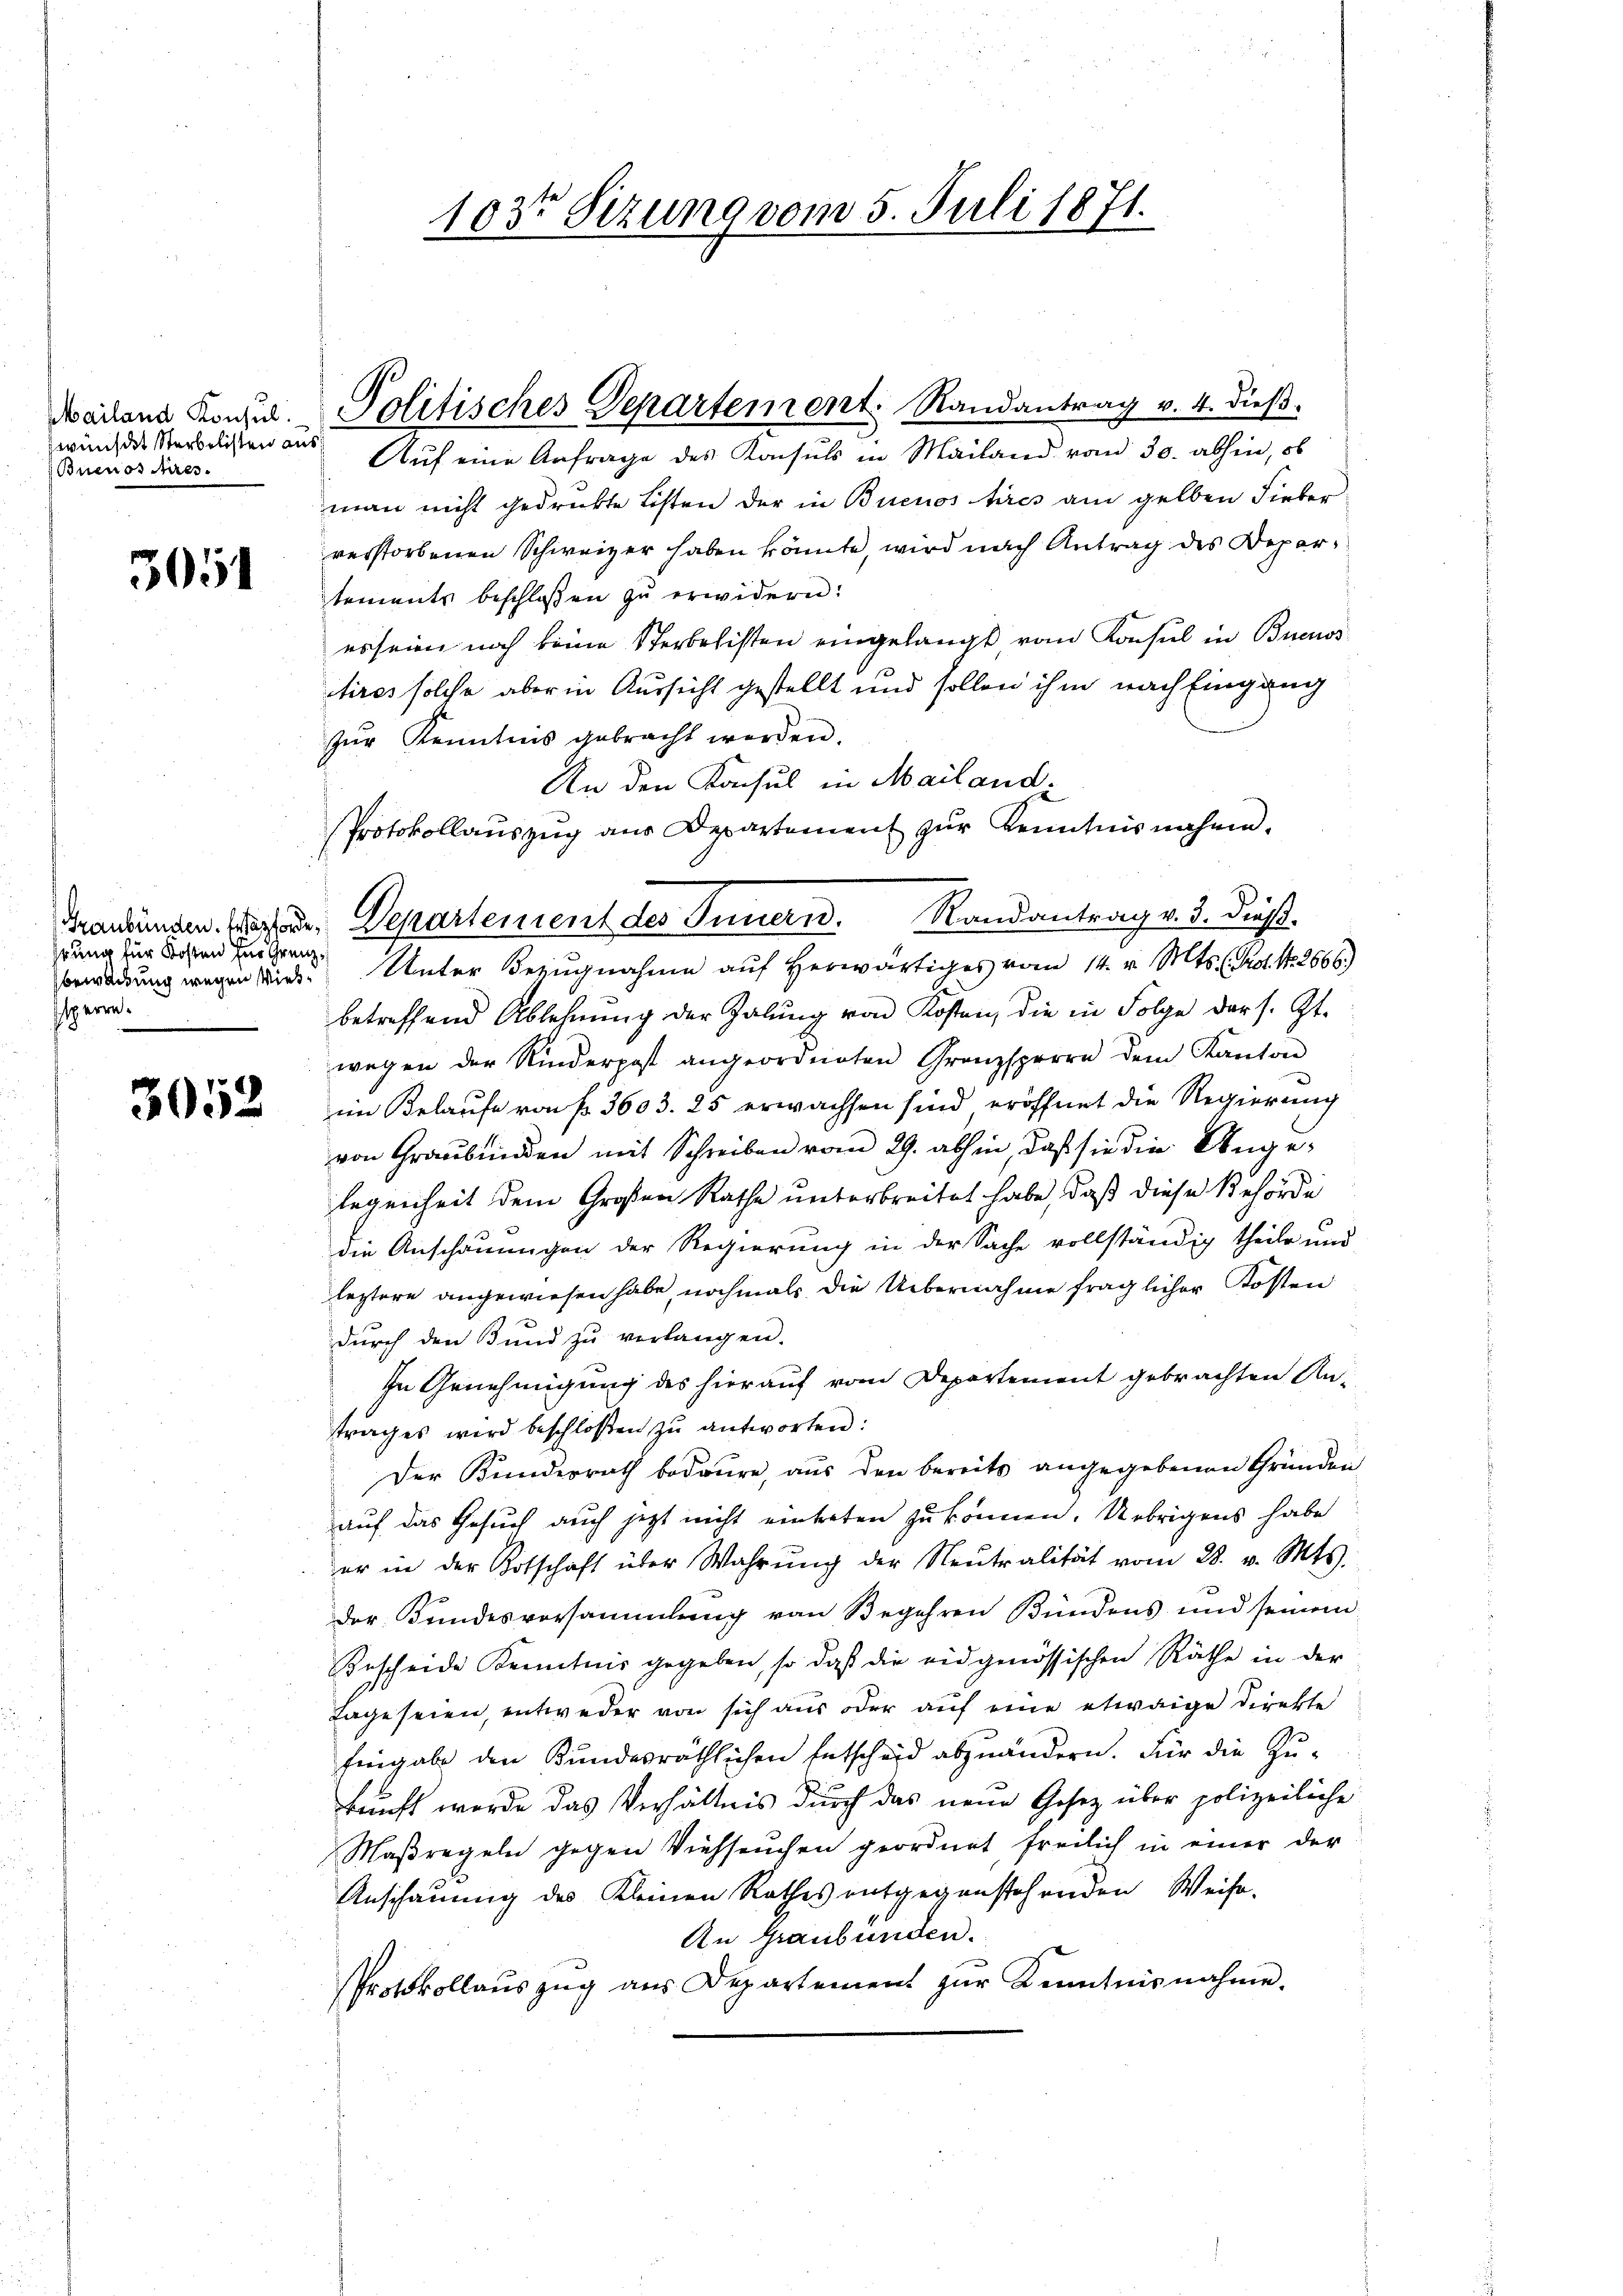
Mailand Konsul
wünscht Sterbelisten aus
Buenos Aues.

3051

hrung für Kosten für Grenzsperre.

3052

1032 Sizung vom 5. Juli 1871.

Auf eine Anfrage des Konsuls in Mailand von 30. abhin, ob
man nicht gedrukte Listen der in Buenos Aires am gelben Fieber
verstorbenen Schweizer haben könnte, wird nach Antrag des Departements beschlossen zu erwidern:
es seien noch keine Sterbalisten eingelangt vom Konsul in Buenos
ctires solche aber in Aussicht gestellt und sollen ihm nach Eingang
zŭr Kenntnis gebracht werden.
An den Konsul in Mailand
Protokollauszug aus Departement zur Kenntnis nähme.
bewirkung wegen Wiede Unter Bezugnahme auf herwärtiges vom 14. v. Mts. (Grot. N. 2666.)
betreffend Ablehnŭng der Zalŭng von Kosten, die in Folge der s. Zt.
wegen der Kinderpost angeordneten Granzsperre dem Kanton
im Belaufe von f. 3603. 25 erwachsen sind eröffnet die Regierung
von Graubünden mit Schreiben vom 29. abhin, daß sie die Ange-
legenheit dem Großen Rathe unterbreitet habe, daß diese Behörde
die Anschauungen der Regierung in der Sache vollständig theile und
leztere angewiesen habe, nochmals die Uebernahme fraglicher Kosten
durch den Bund zu verlangen.
In Genehmigung des hierauf vom Departement gebrachten Antrages wird beschlossen zŭ antworten:
Der Bunderrath bedaure, aus den bereits angegebenen Gründen
auf das Gesuch auch jetzt nicht eintreten zu können. Übrigens habe
er in der Kotschaft über Wahrŭng der Neutralität vom 28. v. Mts.
der Kundesversammlung von Begehren Bundens und seinem
Bescheide Kenntnis gegeben, so daß die eidgenössischen Räthe in der
Tage seien, entweder von sich aus oder auf eine etwaige Direkte
Eingabe den Kundesräthlichen Entscheid abzuändern. Für die Zukunft werde das Verhältnis durch das neue Gesetz über polizeiliche
Maßregeln gegen Viehseuchen geordnet freilich in einer der
Anschauung des Kleinen Rathes entgegenstehenden Weise-
An Graubünden.
Protokollaŭszŭg aŭs Departement zŭr Kenntnisnahme.

Politisches Departement. Randantrag v. 4. dieß.

Graubünden Wochen Departement des Innern. Randantrag v. 3. dieß.